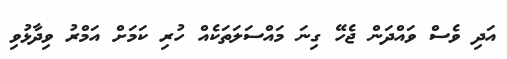
އަދި ވެސް ވައްދަން ޖެހޭ ގިނަ މައްސަލަތަކެއް ހުރި ކަމަށް އަމްރު ވިދާޅުވި